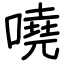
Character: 嘵